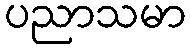
ပညာသမာ